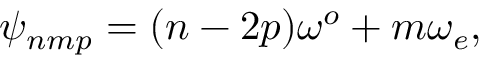
\psi _ { n m p } = ( n - 2 p ) \omega ^ { o } + m \omega _ { e } ,